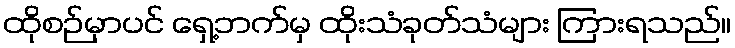
ထိုစဉ်မှာပင် ရှေ့ဘက်မှ ထိုးသံခုတ်သံများ ကြားရသည်။